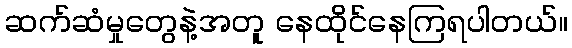
ဆက်ဆံမှုတွေနဲ့အတူ နေထိုင်နေကြရပါတယ်။